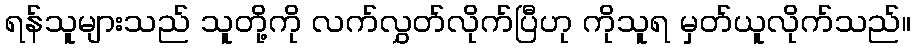
ရန်သူများသည် သူတို့ကို လက်လွှတ်လိုက်ပြီဟု ကိုသူရ မှတ်ယူလိုက်သည်။